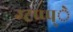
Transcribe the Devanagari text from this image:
ग्टप्प्प्े